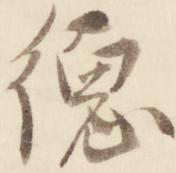
徳